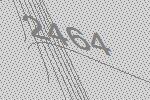
2464